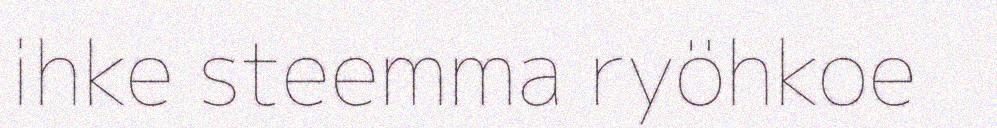
ihke steemma ryöhkoe